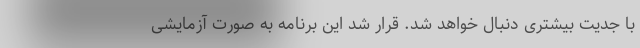
با جدیت بیشتری دنبال خواهد شد. قرار شد این برنامه به صورت آزمایشی